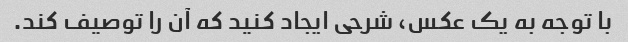
با توجه به یک عکس، شرحی ایجاد کنید که آن را توصیف کند.